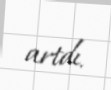
artdı.